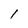
Character: l